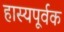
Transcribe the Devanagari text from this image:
हास्यपूर्वक